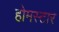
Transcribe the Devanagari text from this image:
होमस्टार